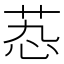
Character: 𬜫